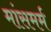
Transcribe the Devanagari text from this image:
मांसमर्म